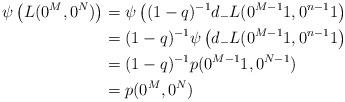
LaTeX: \begin{align*}\psi\left( L(0^M, 0^N) \right) &= \psi\left( (1-q)^{-1} d_- L(0^{M-1}1, 0^{n-1}1 \right) \\&= (1-q)^{-1} \psi\left( d_- L(0^{M-1}1, 0^{n-1}1 \right) \\&= (1-q)^{-1} p(0^{M-1}1, 0^{N-1}) \\&= p(0^M, 0^N)\end{align*}